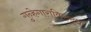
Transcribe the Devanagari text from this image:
गुन्हेगाराविरुद्ध